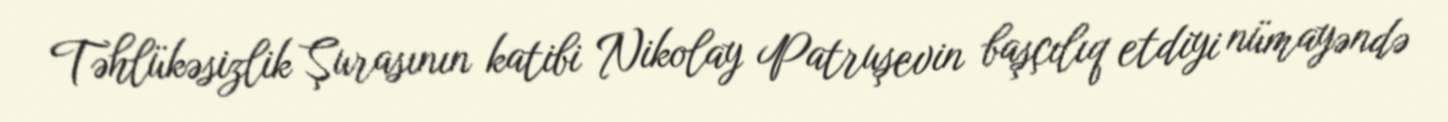
Təhlükəsizlik Şurasının katibi Nikolay Patruşevin başçılıq etdiyi nümayəndə